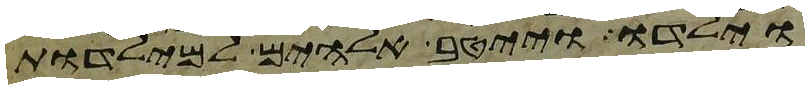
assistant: וילדו וייטב אלהים למילדות